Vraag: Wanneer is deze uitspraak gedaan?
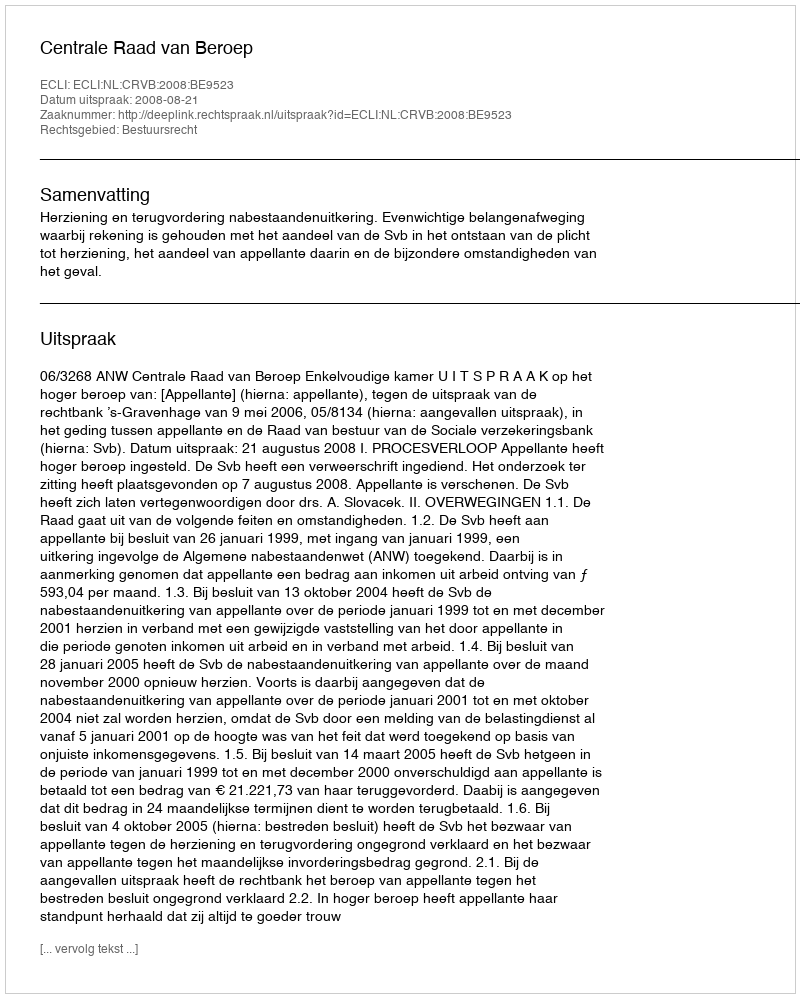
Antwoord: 2008-08-21